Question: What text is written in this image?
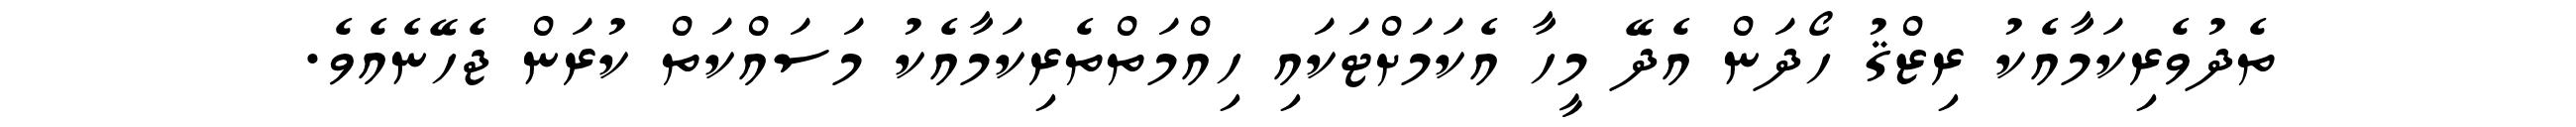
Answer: ތެދުވެރިކަމާއެކު ރިޒްޤު ހޯދަން އެދޭ މީހާ އެކަމަށްޓަކައި ހިއްމަތްތެރިކަމާއެކު މަސައްކަތް ކުރަން ޖެހޭނެއެވެ.